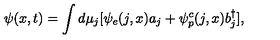
\psi ( x , t ) = \int d \mu _ { j } [ \psi _ { e } ( j , x ) a _ { j } + \psi _ { p } ^ { c } ( j , x ) b _ { j } ^ { \dagger } ] ,